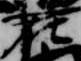
在